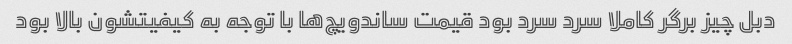
دبل چیز برگر کاملا سرد سرد بود قیمت ساندویچ‌ها با توجه به کیفیتشون بالا بود